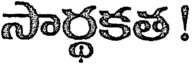
సార్థకత !